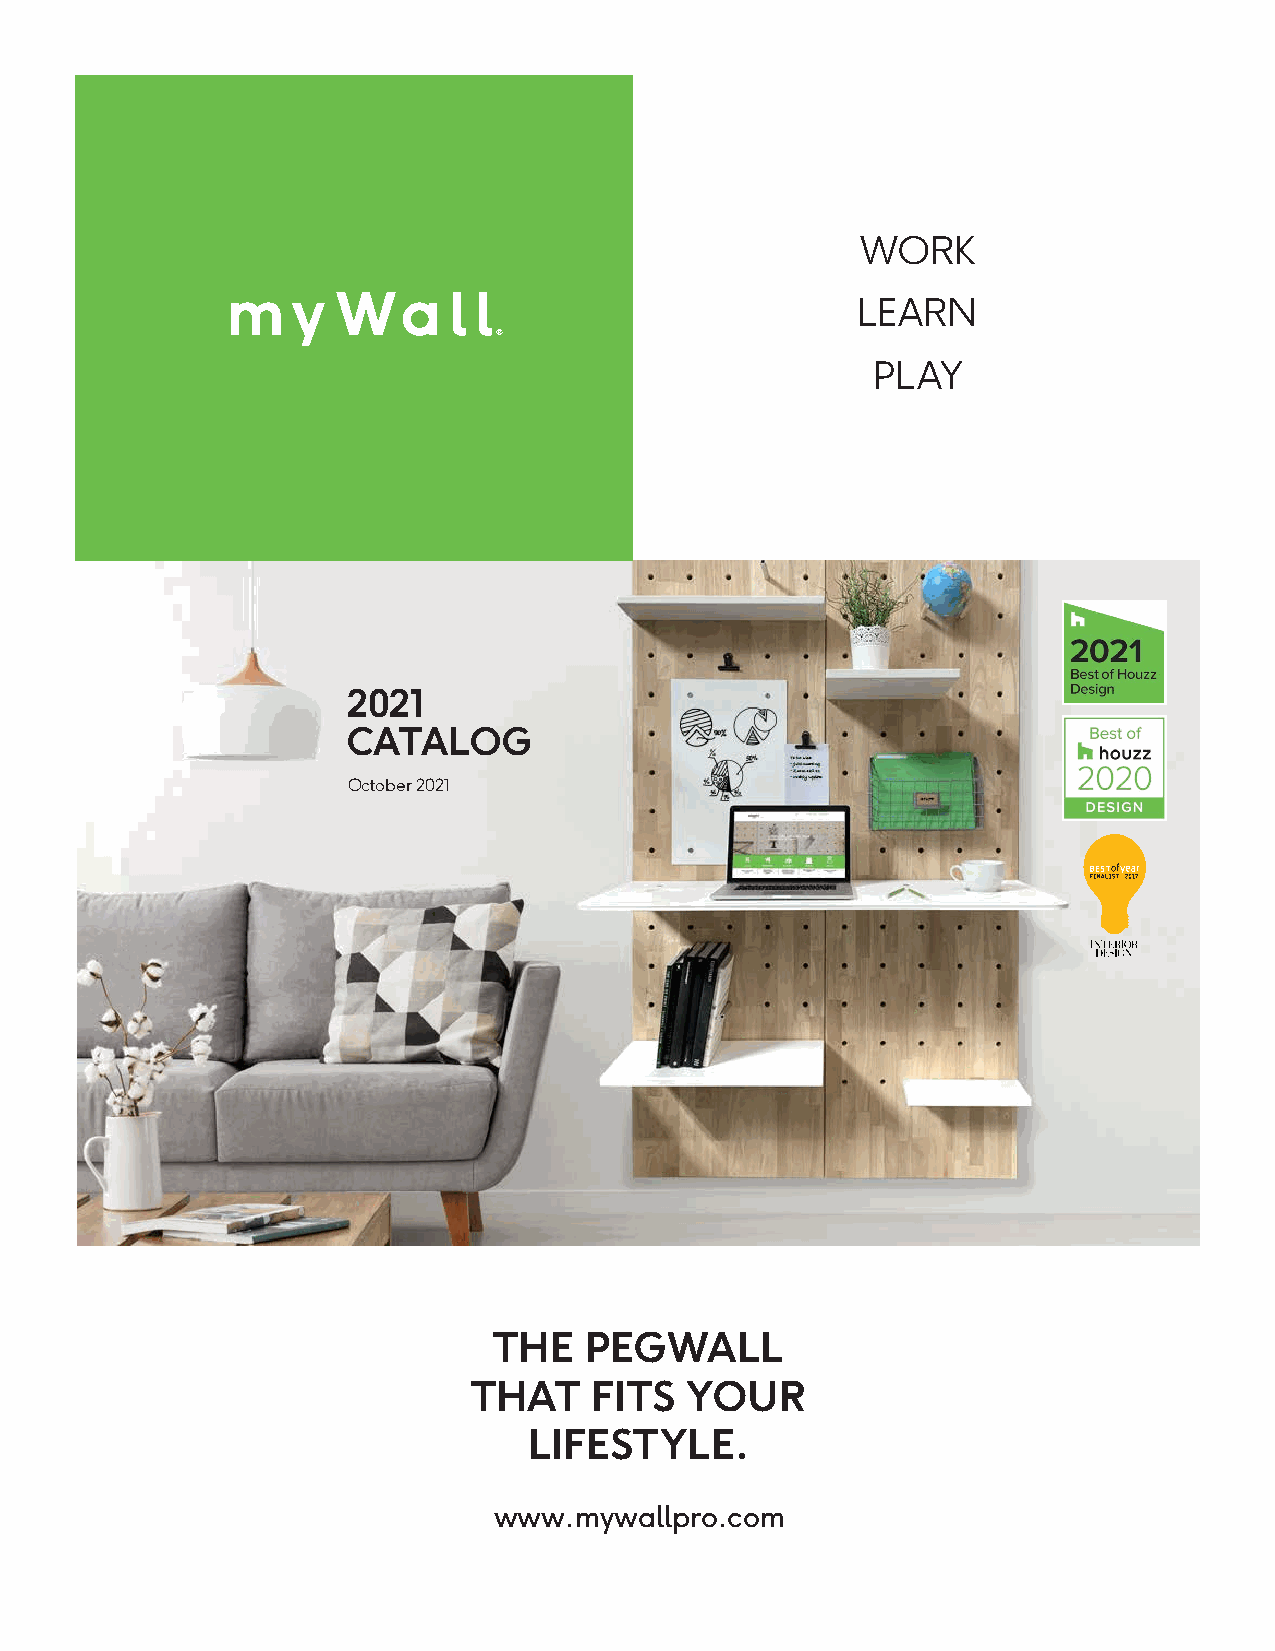
WORK
 LEARN
 PLAY
 2021
 CATALOG
 October 2021
 THE   PEGWALL
 THAT    FITS  YOUR
 LIFESTYLE.
 www.mywallpro.com
 ©2021 AdaptivDC                                                        1